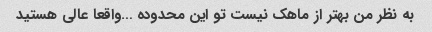
به نظر من بهتر از ماهک نیست تو این محدوده …واقعا عالی هستید